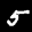
Label: 5